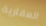
العقارية